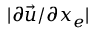
| \partial \vec { u } / \partial x _ { e } |